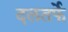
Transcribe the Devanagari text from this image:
दलतर्फे